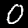
Digit: 0